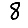
Digit: 8